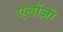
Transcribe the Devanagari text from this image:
एलोंज़ो